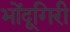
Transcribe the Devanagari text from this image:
भोंदूगिरी